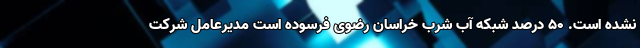
نشده است. ۵۰ درصد شبکه آب شرب خراسان رضوی فرسوده است مدیرعامل شرکت